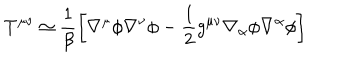
T ^ { \mu \nu } \simeq \frac { 1 } { \beta } \left[ \nabla ^ { \mu } \phi \nabla ^ { \nu } \phi - \frac { 1 } { 2 } g ^ { \mu \nu } \nabla _ { \alpha } \phi \nabla ^ { \alpha } \phi \right]